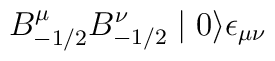
B^{\mu}_{-1/2} B^{\nu}_{-1/2} \mid 0 \rangle \epsilon_{\mu \nu}